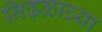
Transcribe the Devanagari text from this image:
निढ़ळाच्या